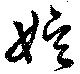
娯